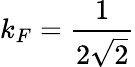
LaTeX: k_{F}=\frac{1}{2\sqrt 2}